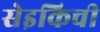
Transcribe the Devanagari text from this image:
सेइकिची